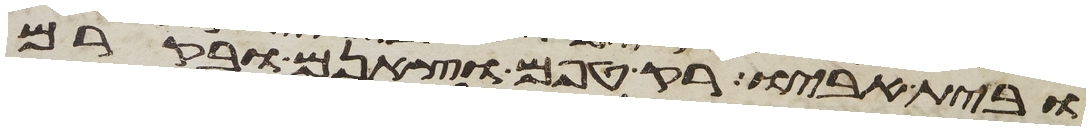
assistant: ובית אביו רק טפם וצאנם ובקרם